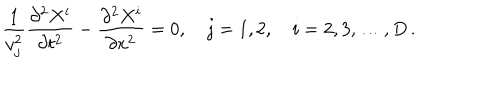
\frac { 1 } { v _ { j } ^ { 2 } } \frac { \partial ^ { 2 } X ^ { i } } { \partial t ^ { 2 } } - \frac { \partial ^ { 2 } X ^ { i } } { \partial x ^ { 2 } } = 0 , \quad j = 1 , 2 , \quad i = 2 , 3 , \dots , D \, { . }